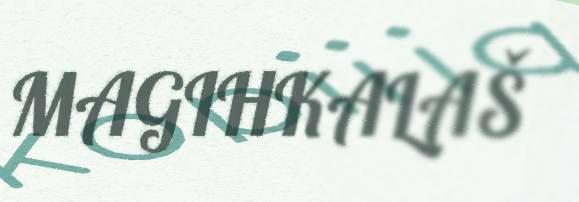
MAGIHKALAŠ